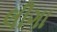
લીગા